Vaccination United Provinces of Agra and Oudh 1902-1913 - 1902-1913
Year: 1902
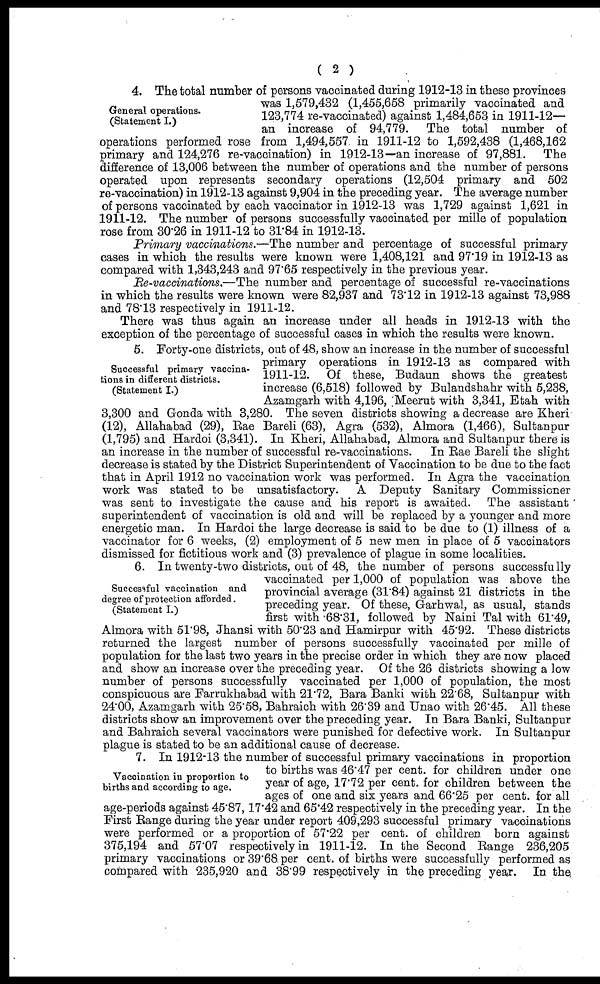
( 2 )
General operations.
(Statement I.)
4. The total number of persons vaccinated during 1912-13 in these provinces
was 1,579,432 (1,455,658 primarily vaccinated and
123,774 re-vaccinated) against 1,484,653 in 1911-12—
an increase of 94,779. The total number of
operations performed rose from 1,494,557 in 1911-12 to 1,592,438 (1,468,162
primary and 124,276 re-vaccination) in 1912-13—an increase of 97,881.
The
difference of 13,006 between the number of operations and the number of persons
operated upon represents secondary operations (12,504 primary and 502
re-vaccination) in 1912-13 against 9,904 in the preceding year. The average number
of persons vaccinated by each vaccinator in 1912-13 was 1,729 against 1,621 in
1911-12. The number of persons successfully vaccinated per mille of population
rose from 30.26 in 1911-12 to 31.84 in 1912-13.
Primary vaccinations.—The number and percentage of successful primary
cases in which the results were known were 1,408,121 and 97.19 in 1912-13 as
compared with 1,343,243 and 97.65 respectively in the previous year.
Re-vaccinations.—The number and percentage of successful re-vaccinations
in which the results were known were 82,937 and 73.12 in 1912-13 against 73,988
and 78.13 respectively in 1911-12.
There was thus again an increase under all heads in 1912-13 with the
exception of the percentage of successful cases in which the results were known.
Successful primary vaccina-
tions in different districts.
(Statement I.)
5. Forty-one districts, out of 48, show an increase in the number of successful
primary operations in 1912-13 as compared with
1911-12. Of these, Budaun shows the greatest
increase (6,518) followed by Bulandshahr with 5,238,
Azamgarh with 4,196, Meerut with 3,341, Etah with
3,300 and Gonda with 3,280. The seven districts showing a decrease are Kheri
(12), Allahabad (29), Rae Bareli (63), Agra (532), Almora (1,466), Sultanpur
(1,795) and Hardoi (3,341). In Kheri, Allahabad, Almora and Sultanpur there is
an increase in the number of successful re-vaccinations.
In Rae Bareli the slight
decrease is stated by the District Superintendent of Vaccination to be due to the fact
that in April 1912 no vaccination work was performed. In Agra the vaccination
work was stated to be unsatisfactory.
A Deputy Sanitary Commissioner
was sent to investigate the cause and his report is awaited. The assistant
superintendent of vaccination is old and will be replaced by a younger and more
energetic man. In Hardoi the large decrease is said to be due to (1) illness of a
vaccinator for 6 weeks, (2) employment of 5 new men in place of 5 vaccinators
dismissed for fictitious work and (3) prevalence of plague in some localities.
Successful vaccination and
degree of protection afforded.
(Statement I.)
6. In twenty-two districts, out of 48, the number of persons successfully
vaccinated per 1,000 of population was above the
provincial average (31.84) against 21 districts in the
preceding year. Of these, Garhwal, as usual, stands
first with 68.31, followed by Naini Tal with 61.49,
Almora with 51.98, Jhansi with 50.23 and Hamirpur with 45.92. These districts
returned the largest number of persons successfully vaccinated per mille of
population for the last two years in the precise order in which they are now placed
and show an increase over the preceding year. Of the 26 districts showing a low
number of persons successfully vaccinated per 1,000 of population, the most
conspicuous are Farrukhabad with 21.72, Bara Banki with 22.68, Sultanpur with
24.00, Azamgarh with 25.58, Bahraich with 26.39 and Unao with 26.45. All these
districts show an improvement over the preceding year. In Bara Banki, Sultanpur
and Bahraich several vaccinators were punished for defective work. In Sultanpur
plague is stated to be an additional cause of decrease.
Vaccination in proportion to
births and according to age.
7. In 1912-13 the number of successful primary vaccinations in proportion
to births was 46.47 per cent. for children under one
year of age, 17.72 per cent. for children between the
ages of one and six years and 66.25 per cent. for all
age-periods against 45.87, 17.42 and 65.42 respectively in the preceding year. In the
First Range during the year under report 409,293 successful primary vaccinations
were performed or a proportion of 57.22 per cent. of children born against
375,194 and 57.07 respectively in 1911-12. In the Second Range 236,205
primary vaccinations or 39.68 per cent. of births were successfully performed as
compared with 235,920 and 38.99 respectively in the preceding year. In the